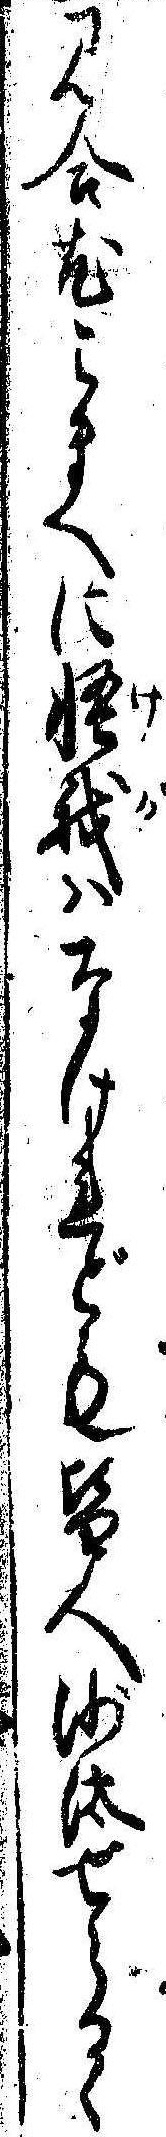
見合尤こまへに怪我はなけれども皆人沙汰せらるゝ